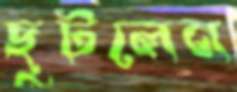
ছুটলেন